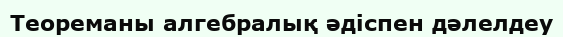
Теореманы алгебралық әдіспен дәлелдеу